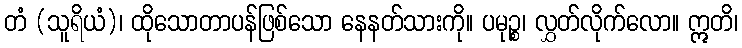
တံ (သူရိယံ)၊ ထိုသောတာပန်ဖြစ်သော နေနတ်သားကို။ ပမုဉ္စ၊ လွှတ်လိုက်လော။ ဣတိ၊